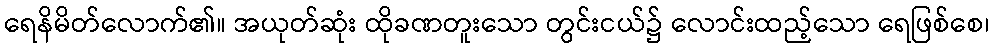
ရေနိမိတ်လောက်၏။ အယုတ်ဆုံး ထိုခဏတူးသော တွင်းငယ်၌ လောင်းထည့်သော ရေဖြစ်စေ၊